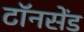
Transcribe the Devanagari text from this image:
टॉनसेंड